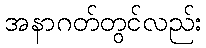
အနာဂတ်တွင်လည်း